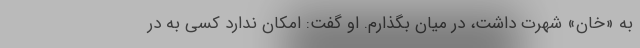
به «خان» شهرت داشت، در میان بگذارم. او گفت: امکان ندارد کسی به در